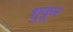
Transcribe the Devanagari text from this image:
शुकूर